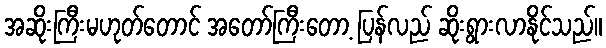
အဆိုးကြီးမဟုတ်တောင် အတော်ကြီးတော့ ပြန်လည် ဆိုးရွားလာနိုင်သည်။